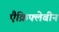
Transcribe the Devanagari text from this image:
एैक्रिफ्लेबीन